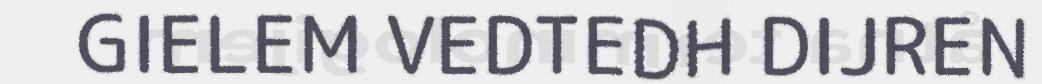
GIELEM VEDTEDH DIJREN